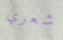
شعري